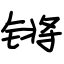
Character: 锵